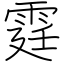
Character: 霆